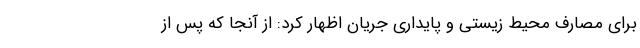
برای مصارف محیط زیستی و پایداری جریان اظهار کرد: از آنجا که پس از